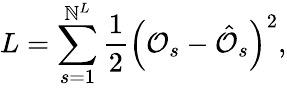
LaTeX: L=\sum_{s=1}^{\mathbb{N}^{L}}\frac{{1}}{{2}}\left(\mathcal{{O}}_{s}-\hat{{\mathcal{{O}}}}_{s}\right)^{2},